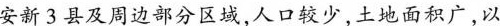
安新3县及周边部分区域，人口较少，土地面积广，以